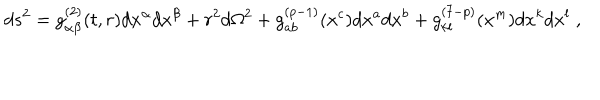
d s ^ { 2 } = g _ { \alpha \beta } ^ { ( 2 ) } ( t , r ) d x ^ { \alpha } d x ^ { \beta } + r ^ { 2 } d \Omega ^ { 2 } + g _ { a b } ^ { ( p - 1 ) } ( x ^ { c } ) d x ^ { a } d x ^ { b } + g _ { k l } ^ { ( 7 - p ) } ( x ^ { m } ) d x ^ { k } d x ^ { l } \; ,